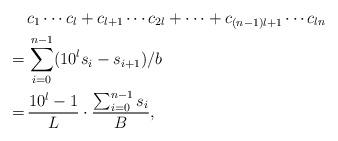
LaTeX: \begin{align*}&c_1\cdots c_l +c_{l+1}\cdots c_{2l} + \cdots + c_{(n-1)l+1}\cdots c_{ln} \\=\,&\sum_{i=0}^{n-1}(10^ls_i-s_{i+1})/b\\=\,&\frac{10^l-1}{L}\cdot\frac{\sum_{i=0}^{n-1}s_i}{B},\end{align*}